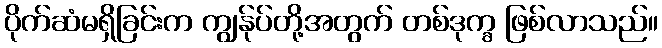
ပိုက်ဆံမရှိခြင်းက ကျွန်ုပ်တို့အတွက် တစ်ဒုက္ခ ဖြစ်လာသည်။